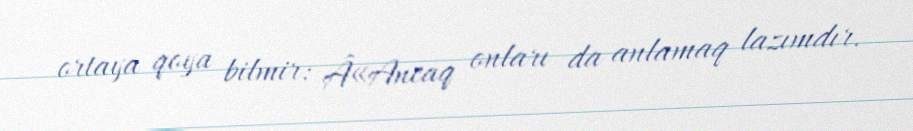
ortaya qoya bilmir: Â«Ancaq onları da anlamaq lazımdır.